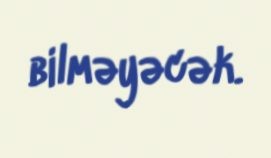
bilməyəcək.